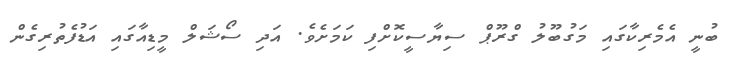
ބުނީ އެމެރިކާގައި މަގުބޫލު ގްރޫޕް ސިޔާސީކޮށްފި ކަމަށެވެ. އަދި ސޯޝަލް މީޑިއާގައި އަޑުފެތުރިގެން